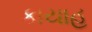
કાયાહ